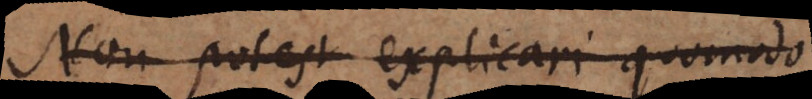
Non potest explicari quomodo